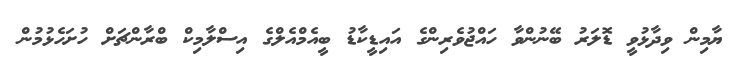
ޔާމިން ވިދާޅުވީ ޑޮލަރު ބޭނުންވާ ހައްޖުވެރިންގެ އައިޑީކާޑު ބީއެމްއެލްގެ އިސްލާމިކް ބްރާންޗަށް ހުށަހެޅުމުން